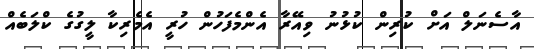
އާސެނަލް އަށް ކުރިން ކުޅުނު ވިއޭރާ އެންމެފަހުން ހުރީ އެމެރިކާ ލީގުގެ ކްލަބެއް